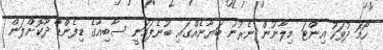
ހޯމަ ދުވަހު އިންޓަ މިލާނުން ނެރުނު ބަޔާނެއްގައި ބުނެފައިަނީ ސާބިއާގެ ޑިފެންޑާ ދޫކޮށްލަން